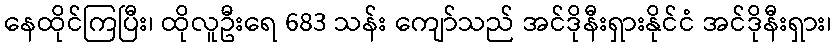
နေထိုင်ကြပြီး၊ ထိုလူဦးရေ 683 သန်း ကျော်သည် အင်ဒိုနီးရှားနိုင်ငံ အင်ဒိုနီးရှား၊